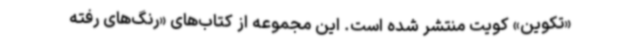
«تکوین» کویت منتشر شده است. این مجموعه از کتاب‌های «رنگ‌های رفته‌